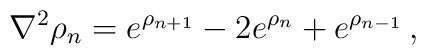
\nabla^2 \rho_n = e^{\rho_{n+1}} - 2 e^{\rho_n} + e^{\rho_{n-1}} \,,